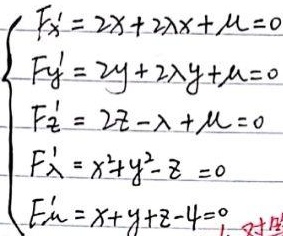
\[\begin{cases}
F_{x}' = 2x + 2\lambda x+\mu = 0\\
F_{y}' = 2y + 2\lambda y+\mu = 0\\
F_{z}' = 2z-\lambda+\mu = 0\\
F_{\lambda}' = x^{2}+y^{2}-z = 0\\
F_{\mu}' = x + y+z - 4 = 0
\end{cases}\]